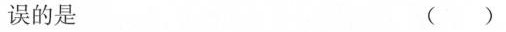
误的是 ()